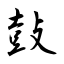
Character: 鼔